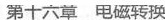
第十六章 电磁转换